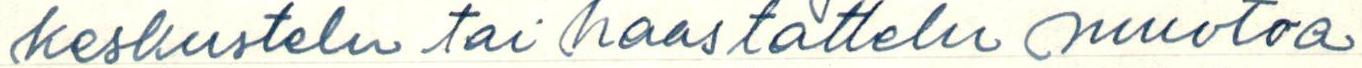
keskustelu tai haastattelu muotoa